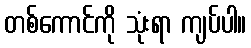
တစ်ကောင်ကို သုံးရာ ကျပ်ပါ။